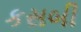
કસબી